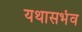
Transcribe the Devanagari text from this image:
यथासभंव